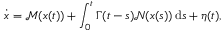
\dot { \boldsymbol { x } } = \boldsymbol { \mathcal { M } } ( \boldsymbol { x } ( t ) ) + \int _ { 0 } ^ { t } \boldsymbol { \Gamma } ( t - s ) \boldsymbol { \mathcal { N } } ( \boldsymbol { x } ( s ) ) \, \mathrm { d } s + \boldsymbol { \eta } ( t ) ,